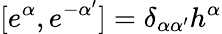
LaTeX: [e^{\alpha},e^{-\alpha^{\prime}}]=\delta_{\alpha\alpha^{\prime}}h^{\alpha}